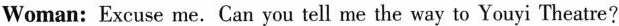
Woman: Excuse me. Can you tell me the way to Youyi Theatre?